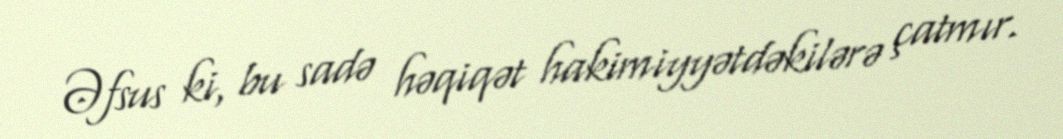
Əfsus ki, bu sadə həqiqət hakimiyyətdəkilərə çatmır.